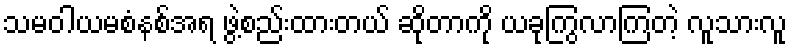
သမဝါယမစံနစ်အရ ဖွဲ့စည်းထားတယ် ဆိုတာကို ယခုကြွလာကြတဲ့ လူသားလူ